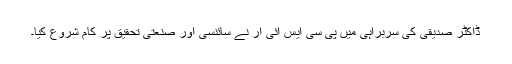
ڈاکٹر صدیقی کی سربراہی میں پی سی ایس آئی آر نے سائنسی اور صنعتی تحقیق پر کام شروع کیا۔